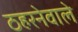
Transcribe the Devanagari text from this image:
ठहरनेवाले